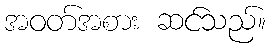
အဝတ်အစား ဆင်သည်။